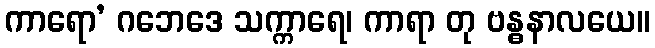
ကာရော’ ဂဘေဒေ သက္ကာရေ၊ ကာရာ တု ဗန္ဓနာလယေ။